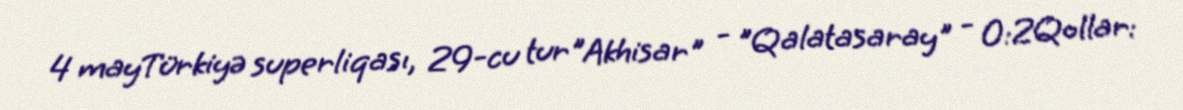
4 mayTürkiyə superliqası, 29-cu tur"Akhisar" - "Qalatasaray" - 0:2Qollar: